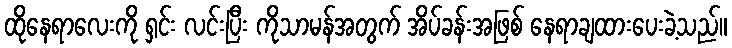
ထိုနေရာလေးကို ရှင်း လင်းပြီး ကိုသာမန်အတွက် အိပ်ခန်းအဖြစ် နေရာချထားပေးခဲ့သည်။